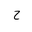
Letter: _ha